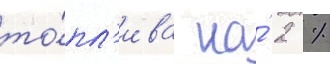
то́пл'ива на́ 2 %